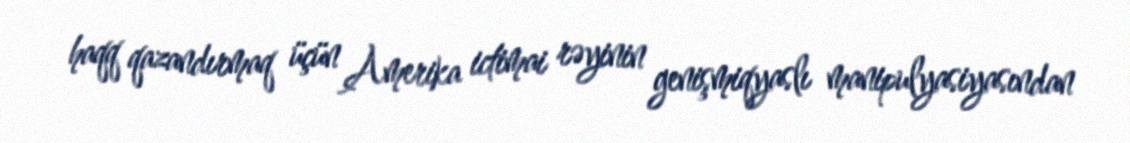
haqq qazandırmaq üçün Amerika ictimai rəyinin genişmiqyaslı manipulyasiyasından